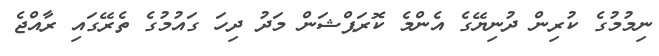
ނިމުމުގެ ކުރިން ދުނިޔޭގެ އެންމެ ކޮރަޕްޝަން މަދު ދިހަ ގައުމުގެ ތެރޭގައި ރާއްޖެ